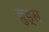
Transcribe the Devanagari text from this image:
व़ुड्स